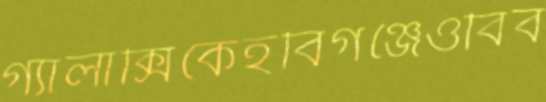
গ্যালাক্সিকেহবিগঞ্জেওবিব